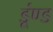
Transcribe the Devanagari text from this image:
डूंण्ड